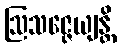
ဩသဇ္ဇေယျန္တိ